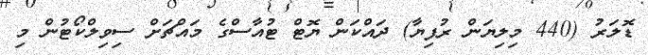
ޑޮލަރު (440 މިލިޔަން ރުފިޔާ) ދައްކަން ޔޮޓް ޓުއާސްގެ މައްޗަށް ސިވިލްކޯޓުން މި